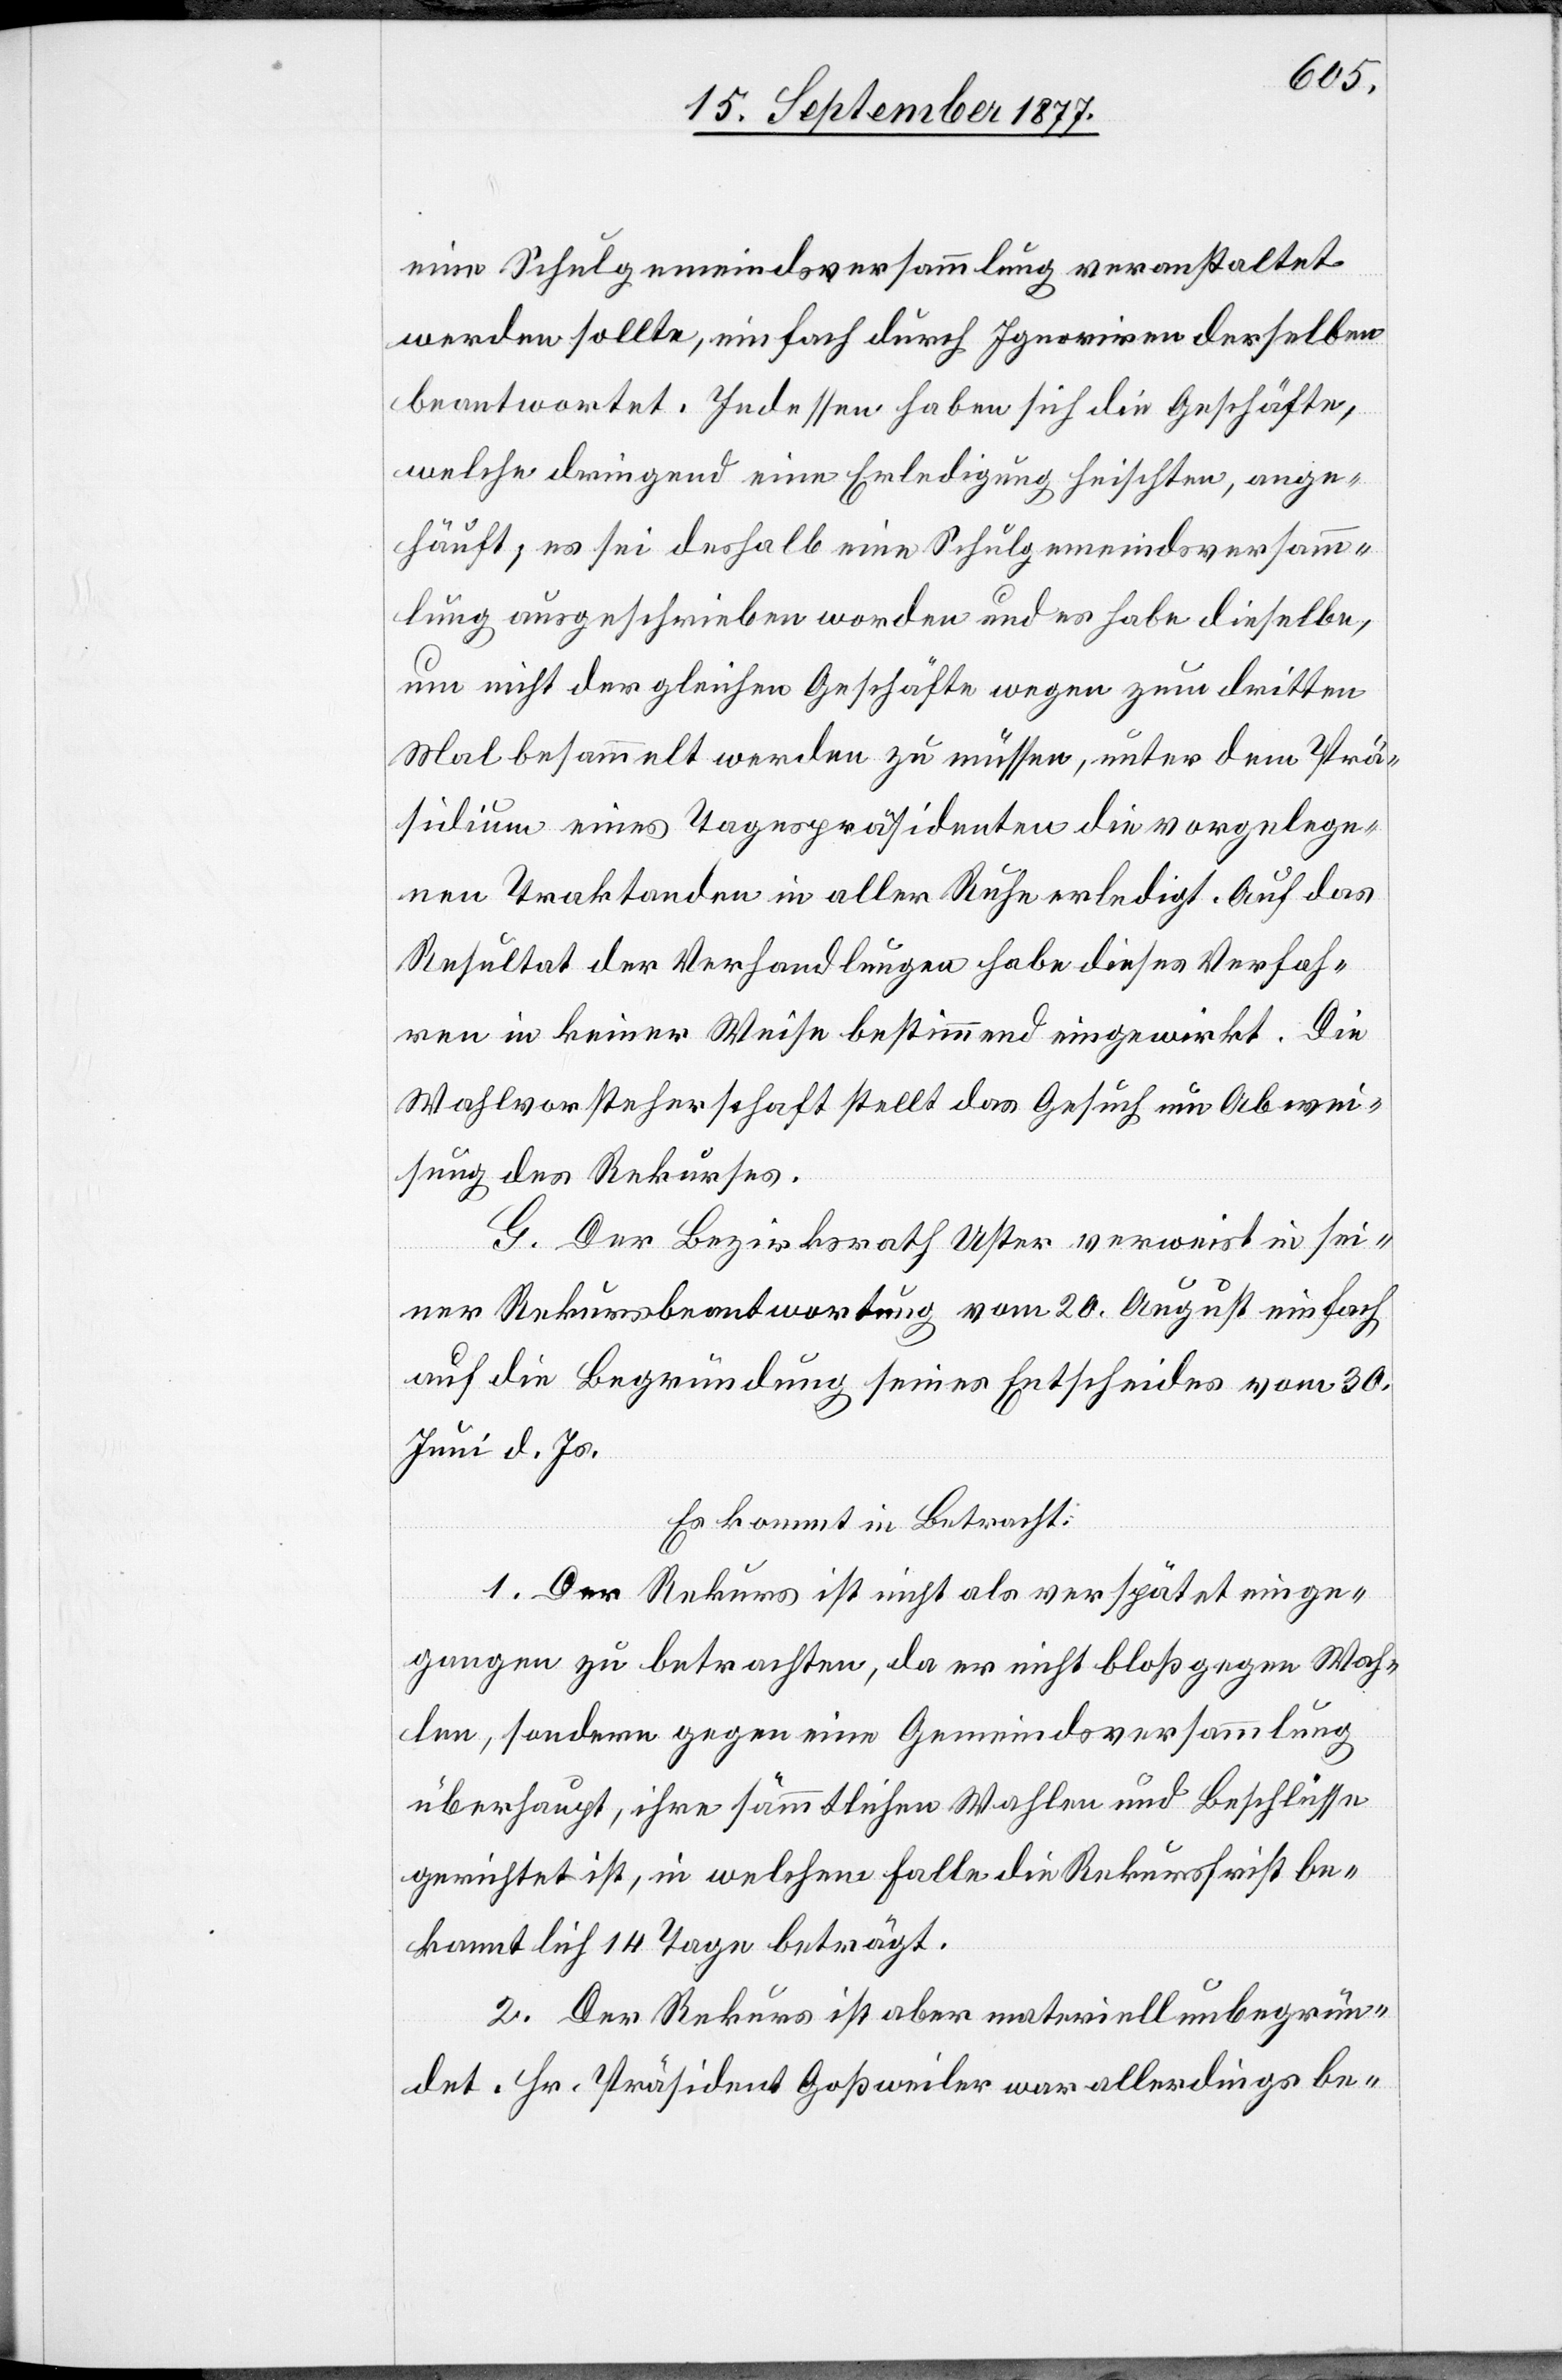
eine Schulgemeindsversammlung veranstaltet
werden sollte, einfach durch Ignoriren derselben
beantwortet. Indessen haben sich die Geschäfte,
welche dringend eine Erledigung heischten, ange¬
häuft; es sei deshalb eine Schulgemeindsversamm¬
lung ausgeschrieben worden und es habe dieselbe,
um nicht der gleichen Geschäfte wegen zum dritten
Mal besammelt werden zu müssen, unter dem Prä¬
sidium eines Tagespräsidenten die vorgelege¬
nen Traktanden in aller Ruhe erledigt. Auf das
Resultat der Verhandlungen habe dieses Verfah¬
ren in keiner Weise bestimmend eingewirkt. Die
Wahlvorsteherschaft stellt das Gesuch um Abwei¬
sung des Rekurses.
G. Der Bezirksrath Uster verweist in sei¬
ner Rekursbeantwortung vom 20. August einfach
auf die Begründung seines Entscheides vom 30.
Juni d. Js.
Es kommt in Betracht:
1. Der Rekurs ist nicht als verspätet einge¬
gangen zu betrachten, da er nicht bloß gegen Wah¬
len, sondern gegen eine Gemeindsversammlung
überhaupt, ihre sämmtlichen Wahlen und Beschlüsse
gerichtet ist, in welchem Falle die Rekursfrist be¬
kanntlich 14 Tage beträgt.
2. Der Rekurs ist aber materiell unbegrün¬
det. Hr. Präsident Goßweiler war allerdings be-